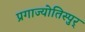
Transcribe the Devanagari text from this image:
प्रगाज्योतिस्पुर्